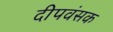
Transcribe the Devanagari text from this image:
दीपवंसक